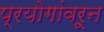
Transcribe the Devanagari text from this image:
प्रयोगांवरून